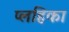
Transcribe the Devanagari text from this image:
प्लहिका